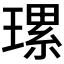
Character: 𤨴